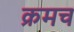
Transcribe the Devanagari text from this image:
क्रमच